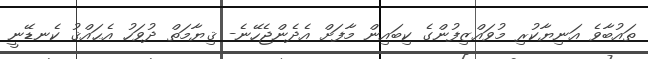
ތައުބާވެ އަނިޔާކުރި މުވައްޒިފުންގެ ކިބައިން މާފަށް އެދެންޖެހޭނެ- ޤިޔާމަތް ދުވަހު އެޙައްޤު ކެނޑޭނީ